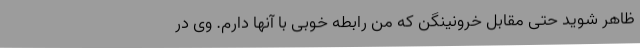
ظاهر شوید حتی مقابل خرونینگن که من رابطه خوبی با آنها دارم. وی در